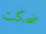
ضحكت